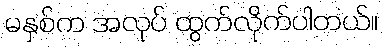
မနှစ်က အလုပ် ထွက်လိုက်ပါတယ်။